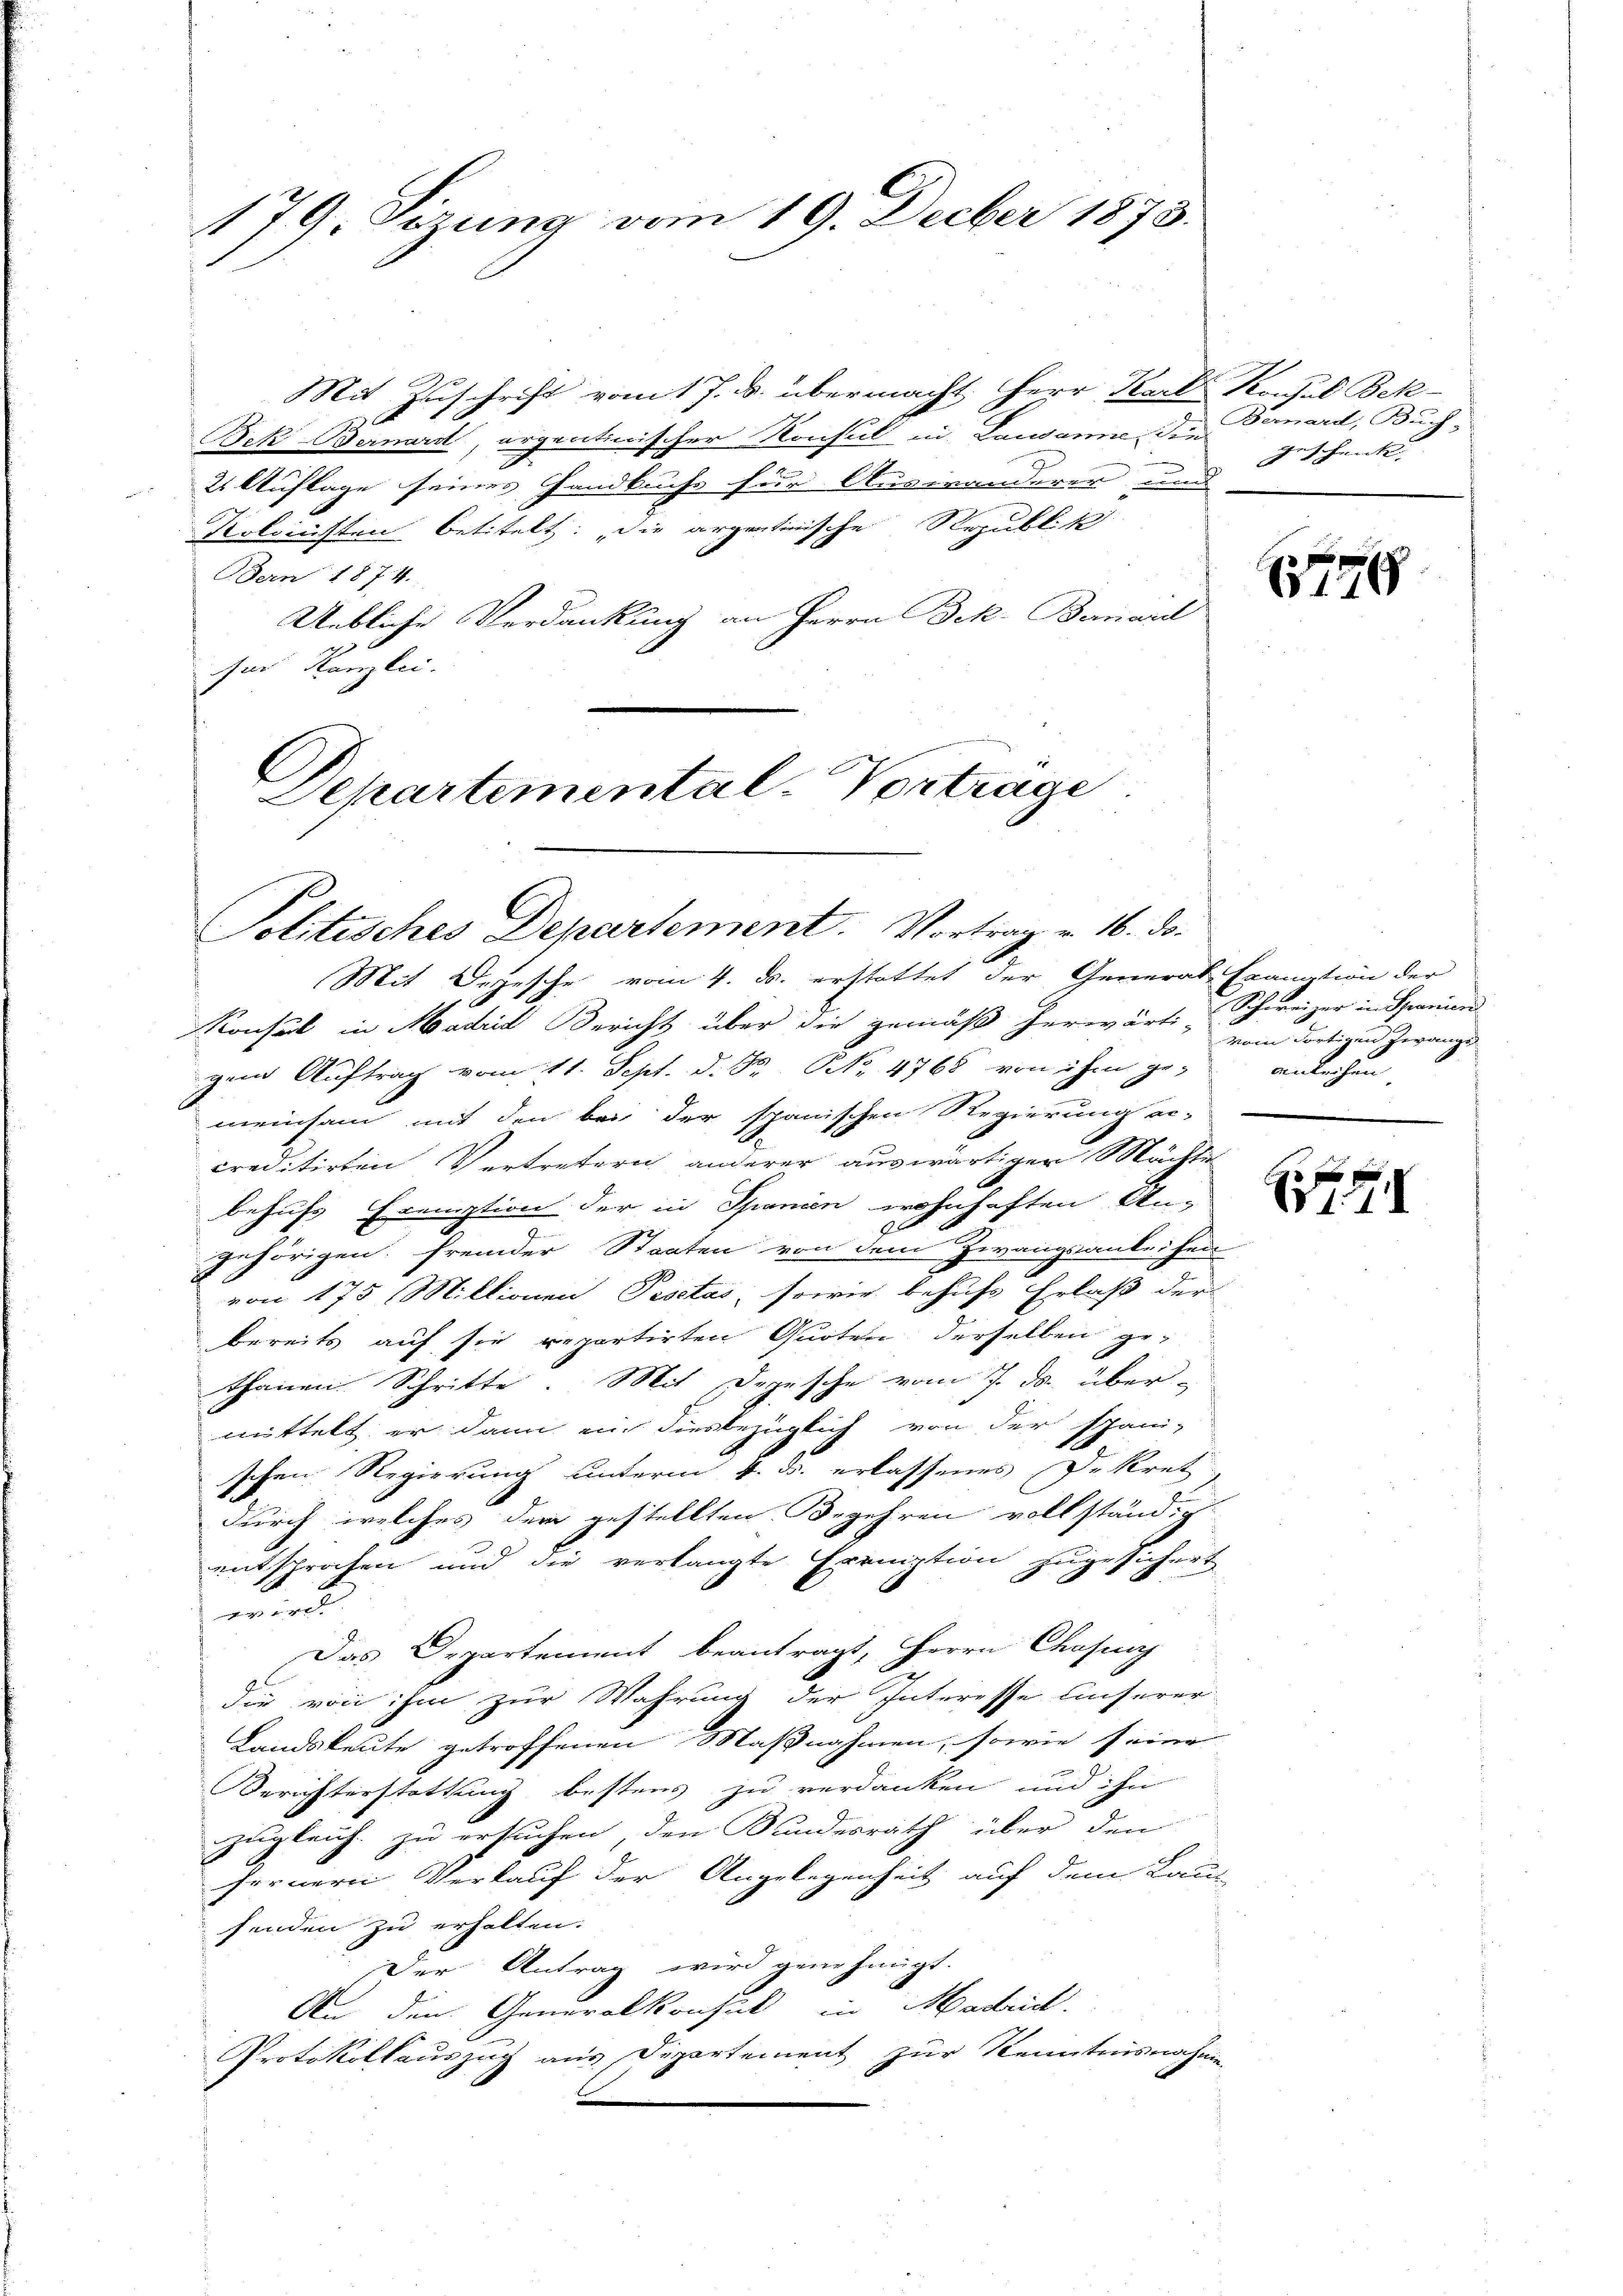
179, Sizung vom 19. Decber 1873.

e
Mit Zuschrift vom 17. ds. übermacht Herr Karl Kochel Bek-
Bek Bernard, argentinischer Konsul in Lausanne die
2 Auflage seines Handbuchs für Angeränderer und
Kolrichten betitelt: die argestinische Republik
Bern 1874.
Uebliche Verdankung an Herrn Bek. Bernard
sar Kanzlei.

Departemental-Vorträge

Politisches Departement. Vortrag v. 16. ds.

Mit Orgesche vom 4. d. erstattet der General-Kranation der
Konsul in Madrid Bericht über die gemäß herwärti-
gem Auftrag vom 11. Sept. d. P. Nr. 4768 von ihm ge- anleihen
meinsam mit den bei der spanischen Regierung ac-
creditirten Vertretern anderer auswärtigen Mächter-
behufs Fremption der in Spanien wohnhaften Un¬
2
n
gehörigen fremder Staaten von dem Zwangsanleiheit
von 175 Millionen Pestas, sowie behufs Erlaß der
bereits auf sie repartirten Quoten derselben ge-
thanen Schritte. Mit Depesche vom 7. ds. über-
mittelt, er dann ein diesbezüglich von der Spani-
schen. Regierung unterm 4. ds. erlassenes Dekret
durch welches der gestellten Begehren vollständig
entsprochen und die verlangte Ermniption zugesichert
wird.
Das Departement beantragt, Herrn Chasung
dir von ihm zur Wahrung der Interesse unserer-
Landsleute getroffenen Maßnahmen, sowie seine
n
Berichterstattung bestens zu verdanken und ihn
zugleich zu ersuchen, den Bundesrath über den
fernern Verkauf der Angelegenheit auf dem Laus
senden zu erhalten.
Der Antrag wird genehmigt.
An den Generalkonsul Hadrid.
Protokollauszug aus Departement zur Kenntnisnahmen
x

Bernard, Buch-
geschenke |

1768

Schweizer in Spanien.
vom dortigen Zwangs

S